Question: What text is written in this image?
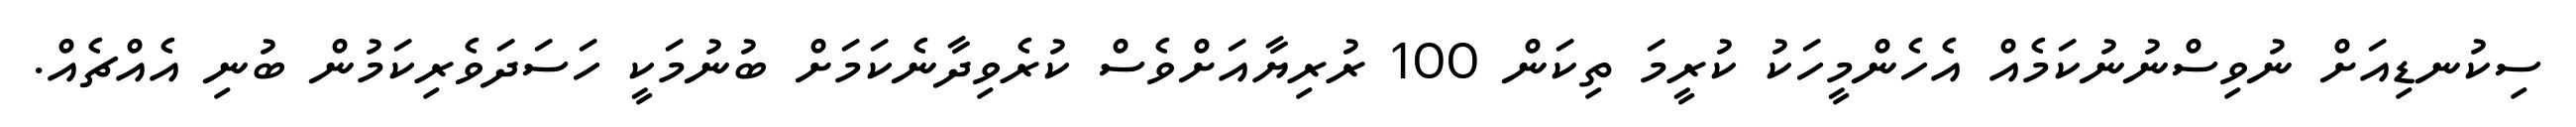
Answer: ސިކުނޑިއަށް ނުވިސްނުނުކަމެއް އެހެންމީހަކު ކުރީމަ ތިކަން 100 ރުރިޔާއަށްވެސް ކުރެވިދާނެކަމަށް ބުނުމަކީ ހަސަދަވެރިކަމުން ބުނި އެއްޗެއް.